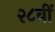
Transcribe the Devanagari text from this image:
२८वीं